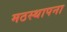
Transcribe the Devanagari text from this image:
मठस्थापना